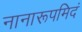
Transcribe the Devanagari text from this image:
नानारूपमिदं